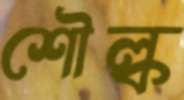
শৌল্ক